Indian journal of veterinary science and animal husbandry - Volume 11,
Year: 1941
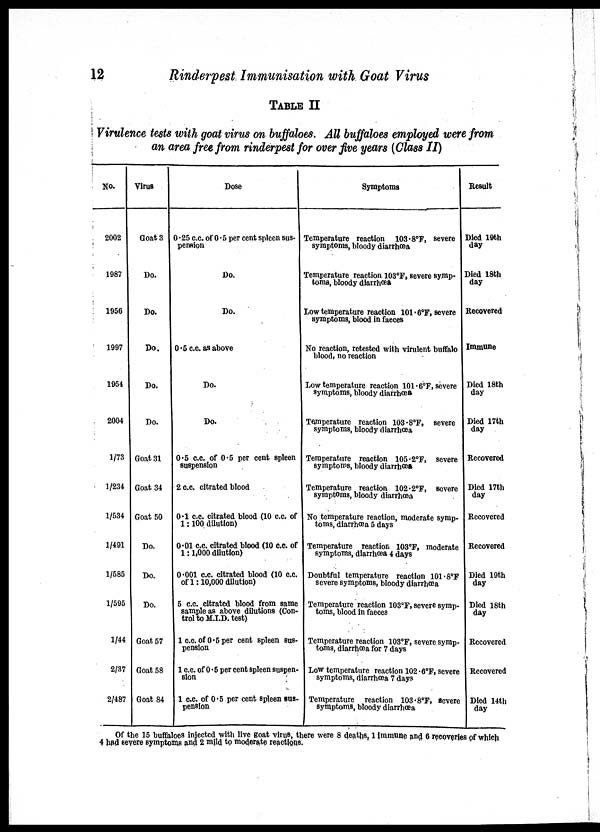
12
Rinderpest Immunisation with Goat Virus
TABLE II
Virulence tests with goat virus on buffaloes. All buffaloes employed were from
an area free from rinderpest for over five years (Class II)
No.
2002
1987
1956
1997
1954
2004
1/73
1/234
1/534
1/491
1/585
1/595
1/44
2/37
2/487
Virus
Goat 3
Do.
Do.
Do.
Do.
Do.
Goat 31
Goat 34
Goat 50
Do.
Do.
Do.
Goat 57
Goat 58
Goat 84
Dose
0.25 c.c. of 0.5 per cent spleen sus-
pension
Do.
Do.
0.5 c.c. as above
Do.
Do.
0.5 c.c. of 0.5 per cent spleen
suspension
2 c.c. citrated blood
0.1 c.c. citrated blood (10 c.c. of
1:100 dilution)
0.01 c.c. citrated blood (10 c.c. of
1:1,000 dilution)
0.001 c.c. citrated blood (10 c.c.
of 1:10,000 dilution)
5 c.c. citrated blood from same
sampleas above dilutions (Con-
trol to M.I.D. test)
1 c.c. of 0.5 per cent spleen sus-
pension
1 c.c. of 0.5 per cent spleen suspen-
sion
1 c.c. of 0.5 per cent spleen sus-
pension
Symptoms
Temperature reaction 103.8°F, severe
symptoms, bloody diarrhœa
Temperature reaction 103°F, severe symp-
toms, bloody diarrhœa
Low temperature reaction 101.6°F, severe
symptoms, blood in faeces
No reaction, retested with virulent buffalo
blood, no reaction
Low temperature reaction 101.6°F, severe
symptoms, bloody diarrhœa
Temperature reaction 103.8°F, severe
symptoms, bloody diarrhœa
Temperature reaction 105.2°F, severe
symptoms, bloody diarrhœa
Temperature reaction 102.2°F, severe
symptoms, bloody diarrhœa
No temperature reaction, moderate symp¬
toms, diarrhœa 5 days
Temperature reaction 103°F, moderate
symptoms, diarrhœa 4 days
Doubtful temperature reaction 101.8°F
severe symptoms, bloody diarrhœa
Temperature reaction 103°F, severe symp-
toms, blood in faeces
Temperature reaction 103°F, severe symp¬
toms, diarrhœa for 7 days
Low temperature reaction 102.6°F, severe
symptoms, diarrhœa 7 days
Temperature reaction 103.8°F, severe
symptoms, bloody diarrhœa
Result
Died 19th
day
Died 18th
day
Recovered
Immune
Died 18th
day
Died 17th
day
Recovered
Died 17th
day
Recovered
Recovered
Died 19th
day
Died 18th
day
Recovered
Recovered
Died 14th
day
Of the 15 buffaloes injected with live goat virus, there were 8 deaths, 1 immune and 6 recoveries of which
4 had severe symptoms and 2 mild to moderate reactions.